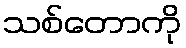
သစ်တောကို